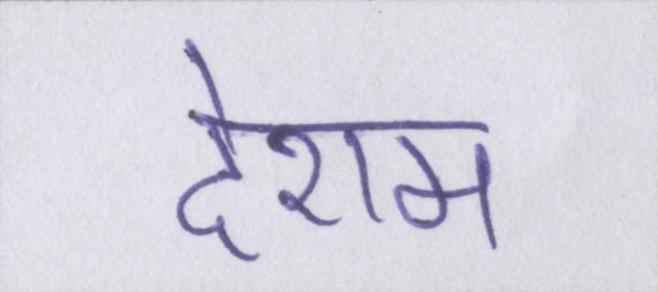
देशम